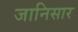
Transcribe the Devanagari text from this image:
जानिसार